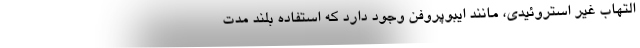
التهاب غیر استروئیدی، مانند ایبوپروفن وجود دارد که استفاده بلند مدت